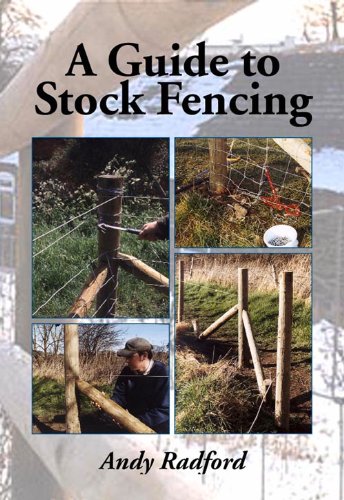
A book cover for A Guide to Stock Fencing; Andy Radford; Crafts, Hobbies & Home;